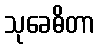
သုခေဓိတာ